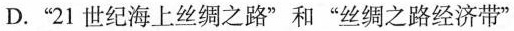
D.”21世纪海上丝绸之路”和”丝绸之路经济带”